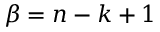
\beta = n - k + 1